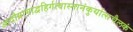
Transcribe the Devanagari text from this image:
आदौग्रामाद्वहिर्गत्वास्नानंकुर्यात्सचैलकं